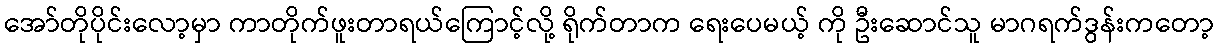
အော်တိုပိုင်းလော့မှာ ကာတိုက်ဖူးတာရယ်ကြောင့်လို့ ရိုက်တာက ရေးပေမယ့် ကို ဦးဆောင်သူ မာဂရက်ဒွန်းကတော့